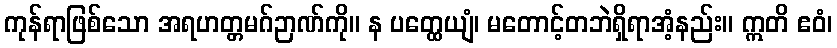
ကုန်ရာဖြစ်သော အရဟတ္တမဂ်ဉာဏ်ကို။ န ပတ္ထေယျံ၊ မတောင့်တဘဲရှိရာအံ့နည်း။ ဣတိ ဧဝံ၊